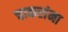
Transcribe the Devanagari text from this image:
चाकरांना